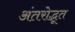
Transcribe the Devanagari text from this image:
अंतरोद्भूत